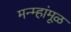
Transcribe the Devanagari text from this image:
मन्म्हांमूळ